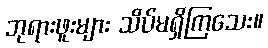
ဘုရားဖူးများ သိပ်မရှိကြသေး။